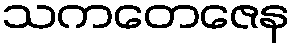
သကတေဇေန